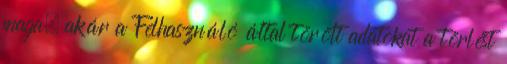
maga, akár a Felhasználó által törölt adatokat a törlést